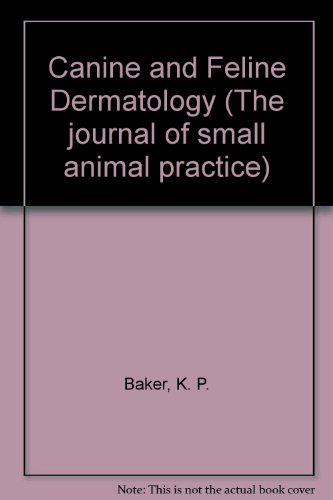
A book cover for Canine and Feline Dermatology (The journal of small animal practice); K.P. Baker; Medical Books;